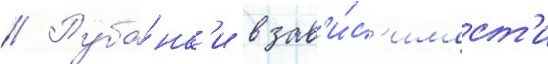
// Руба́нк'и в зав'и́с'имост'и